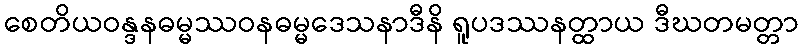
စေတိယဝန္ဒနဓမ္မဿဝနဓမ္မဒေသနာဒီနိ ရူပဒဿနတ္ထာယ ဒီဃတမတ္တာ